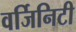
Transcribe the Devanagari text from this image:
वर्जिनिटी